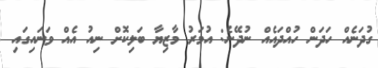
ގުދަނެއް ހަދަން ހުއްދައެއް ނުދޭނެ: އުމަރު މާޒިޔާ ބަލިކޮށް ނިއު އެއް ވަނައިގައި